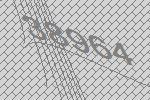
38964